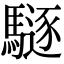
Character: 䮱